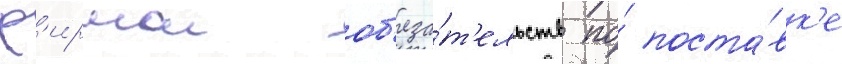
ф'ирмои об'яза́т'ельств по́ поста́вк'е